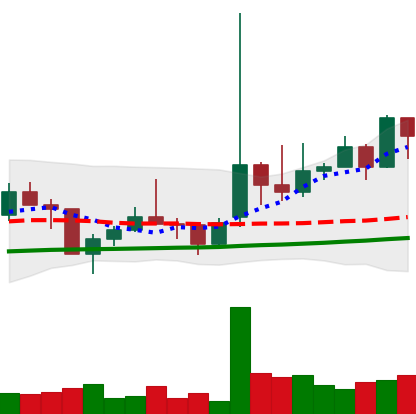
Ticker: TRX-USD
Chart end date: 2021-02-06
Forward return: 62.548%
Label: up_7plus